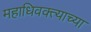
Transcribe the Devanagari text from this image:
महाधिवक्त्याच्या